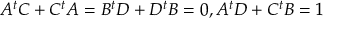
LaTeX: A ^ { t } C + C ^ { t } A = B ^ { t } D + D ^ { t } B = 0 , A ^ { t } D + C ^ { t } B = 1